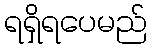
ရရှိရပေမည်